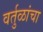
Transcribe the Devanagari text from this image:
वर्तुळांचा